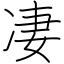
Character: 凄